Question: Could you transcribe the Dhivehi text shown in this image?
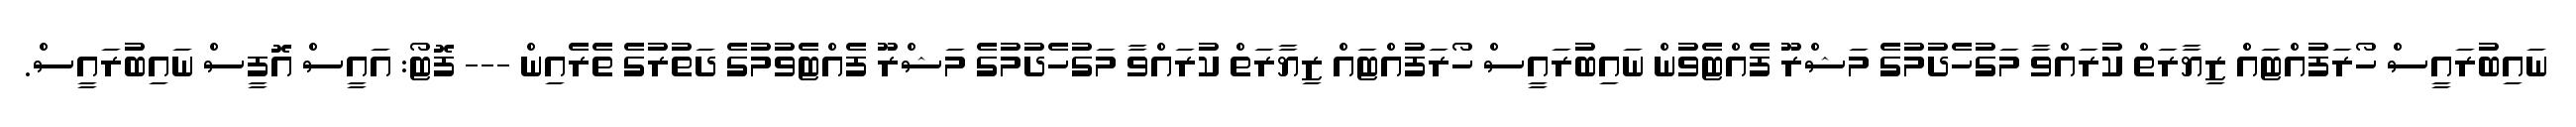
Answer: ނައިބުރައީސް ހޯރަފުއްޓައް ޒިޔާރަތް ކުރައްވާ މަގުހެދުމުގެ މަޝްރޫ ފެއްޓެވުން ނައިބުރައީސް ހޯރަފުއްޓައް ޒިޔާރަތް ކުރައްވާ މަގުހެދުމުގެ މަޝްރޫ ފެއްޓެވުމުގެ ދަތުރުގެ ތެރެއިން --- ފޮޓޯ: އައީސް އޮފީސް ނައިބުރައީސް.